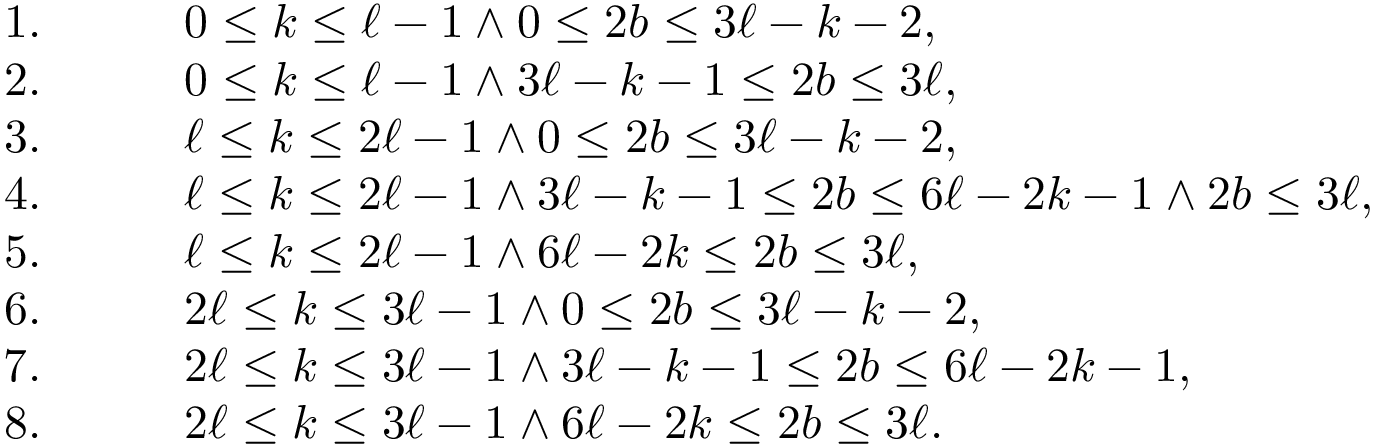
\begin{array} { r l r l } { 1 . } & { } & & { 0 \leq k \leq \ell - 1 \land 0 \leq 2 b \leq 3 \ell - k - 2 , } \\ { 2 . } & { } & & { 0 \leq k \leq \ell - 1 \land 3 \ell - k - 1 \leq 2 b \leq 3 \ell , } \\ { 3 . } & { } & & { \ell \leq k \leq 2 \ell - 1 \land 0 \leq 2 b \leq 3 \ell - k - 2 , } \\ { 4 . } & { } & & { \ell \leq k \leq 2 \ell - 1 \land 3 \ell - k - 1 \leq 2 b \leq 6 \ell - 2 k - 1 \land 2 b \leq 3 \ell , } \\ { 5 . } & { } & & { \ell \leq k \leq 2 \ell - 1 \land 6 \ell - 2 k \leq 2 b \leq 3 \ell , } \\ { 6 . } & { } & & { 2 \ell \leq k \leq 3 \ell - 1 \land 0 \leq 2 b \leq 3 \ell - k - 2 , } \\ { 7 . } & { } & & { 2 \ell \leq k \leq 3 \ell - 1 \land 3 \ell - k - 1 \leq 2 b \leq 6 \ell - 2 k - 1 , } \\ { 8 . } & { } & & { 2 \ell \leq k \leq 3 \ell - 1 \land 6 \ell - 2 k \leq 2 b \leq 3 \ell . } \end{array}